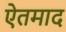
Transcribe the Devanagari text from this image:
ऐतमाद